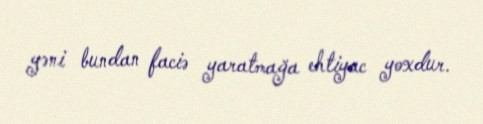
yəni bundan faciə yaratmağa ehtiyac yoxdur.